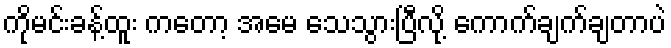
ကိုမင်းခန့်ထူး ကတော့ အမေ သေသွားပြီလို့ ကောက်ချက်ချတာပဲ